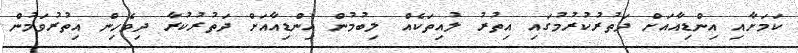
ކަމަށާއި އިންޑިއާއަށް ދަތުރުކުރުމުގައި އިތުރު ލުއިތަކެއް ލިބުމުން އިންޑިއާއަށް ދަތުރުކުރާ ދިވެހިން އިތުރުވަމުން